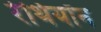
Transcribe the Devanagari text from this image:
रेथियॉन